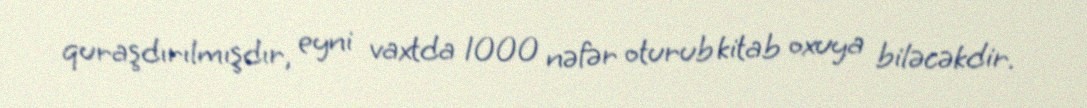
quraşdırılmışdır, eyni vaxtda 1000 nəfər oturub kitab oxuya biləcəkdir.